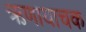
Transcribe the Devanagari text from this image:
ऋणायाचक